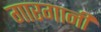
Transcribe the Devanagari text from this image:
गारगानी